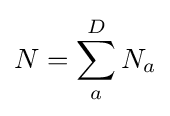
N=\sum _{a}^{D}N_{a}